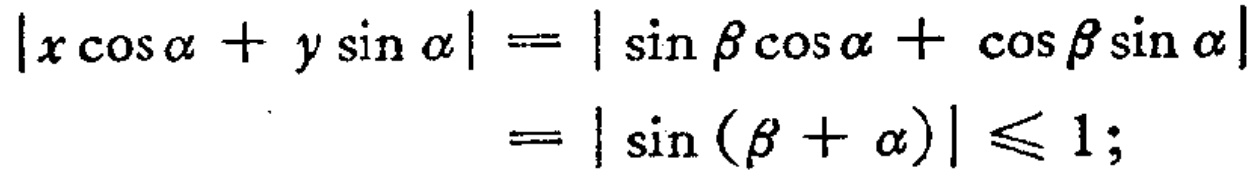
\[

\begin{align*}

|x\cos\alpha + y\sin\alpha|&=|\sin\beta\cos\alpha + \cos\beta\sin\alpha|\\

&=|\sin(\beta + \alpha)|\leq 1;

\end{align*}

\]